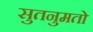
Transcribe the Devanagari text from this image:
सुतनुमतो